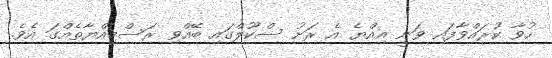
ހުވާ ކުރައްވާފައި ވަނީ އިއްޔެ އެ ރަށު ސްކޫލްގައި ބޭއްވި ރަސްމިއްޔާތެއްގަ އެވެ.